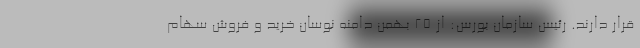
قرار دارند. رئیس سازمان بورس: از 25 بهمن دامنه نوسان خرید و فروش سهام